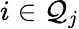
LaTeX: i\in\mathcal{Q}_{j}